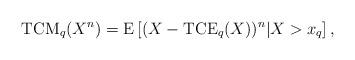
LaTeX: \begin{align*}\mathrm{TCM}_{q}(X^{n})=\mathrm{E}\left[(X-\mathrm{TCE}_{q}(X))^{n}|X>x_{q}\right],\end{align*}